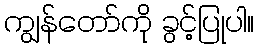
ကျွန်တော်ကို ခွင့်ပြုပါ။